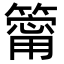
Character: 𥳥